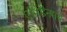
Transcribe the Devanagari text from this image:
एपिडैनमस